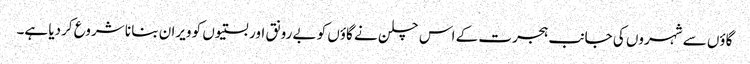
گاؤں سے شہروں کی جانب ہجرت کے اس چلن نے گاؤں کو بے رونق اور بستیوں کو ویران بنا نا شروع کردیا ہے۔